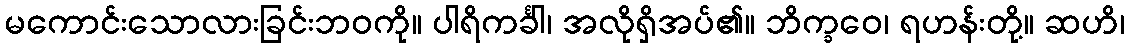
မကောင်းသောလားခြင်းဘဝကို။ ပါရိကင်္ခါ၊ အလိုရှိအပ်၏။ ဘိက္ခဝေ၊ ရဟန်းတို့။ ဆဟိ၊